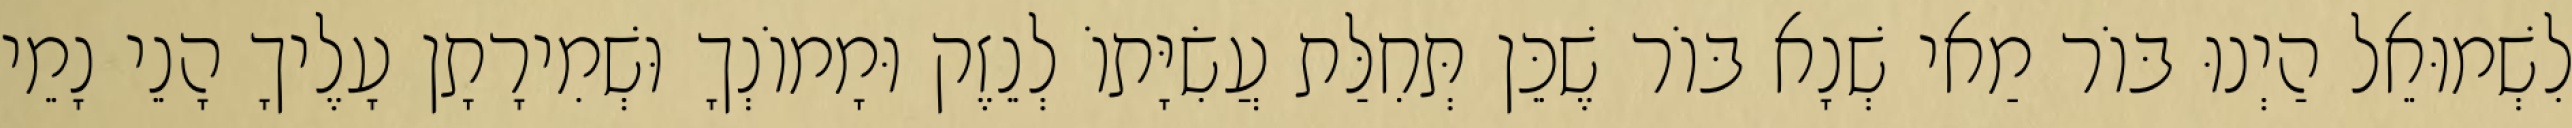
לִשְׁמוּאֵל הַיְנוּ בּוֹר מַאי שְׁנָא בּוֹר שֶׁכֵּן תְּחִלַּת עֲשִׂיָּתוֹ לְנֵזֶק וּמָמוֹנְךָ וּשְׁמִירָתָן עָלֶיךָ הָנֵי נָמֵי